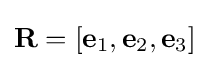
\mathbf {R} =[\mathbf {e} _{1},\mathbf {e} _{2},\mathbf {e} _{3}]